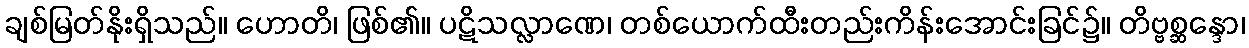
ချစ်မြတ်နိုးရှိသည်။ ဟောတိ၊ ဖြစ်၏။ ပဋိသလ္လာဏေ၊ တစ်ယောက်ထီးတည်းကိန်းအောင်းခြင်၌။ တိဗ္ဗစ္ဆန္ဒော၊